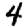
Digit: 4